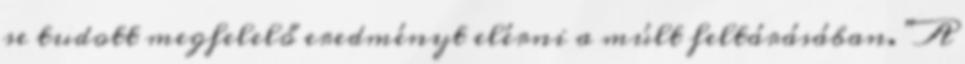
se tudott megfelelő eredményt elérni a múlt feltárásában. "A